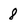
Character: 8